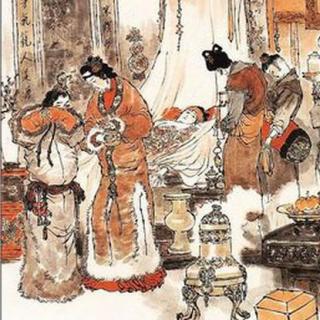
夫以奢侈之君御好淫僻之民，欲国无乱不可得也。